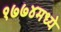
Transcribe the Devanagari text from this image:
१७७४मध्ये